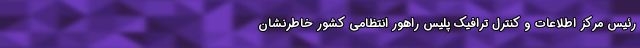
رئیس مرکز اطلاعات و کنترل ترافیک پلیس راهور انتظامی کشور خاطرنشان